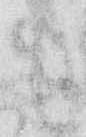
も